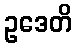
ဥဒေတိ